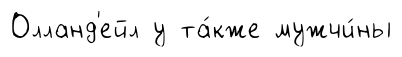
Олланд'ейл у та́кже мужчи́ны